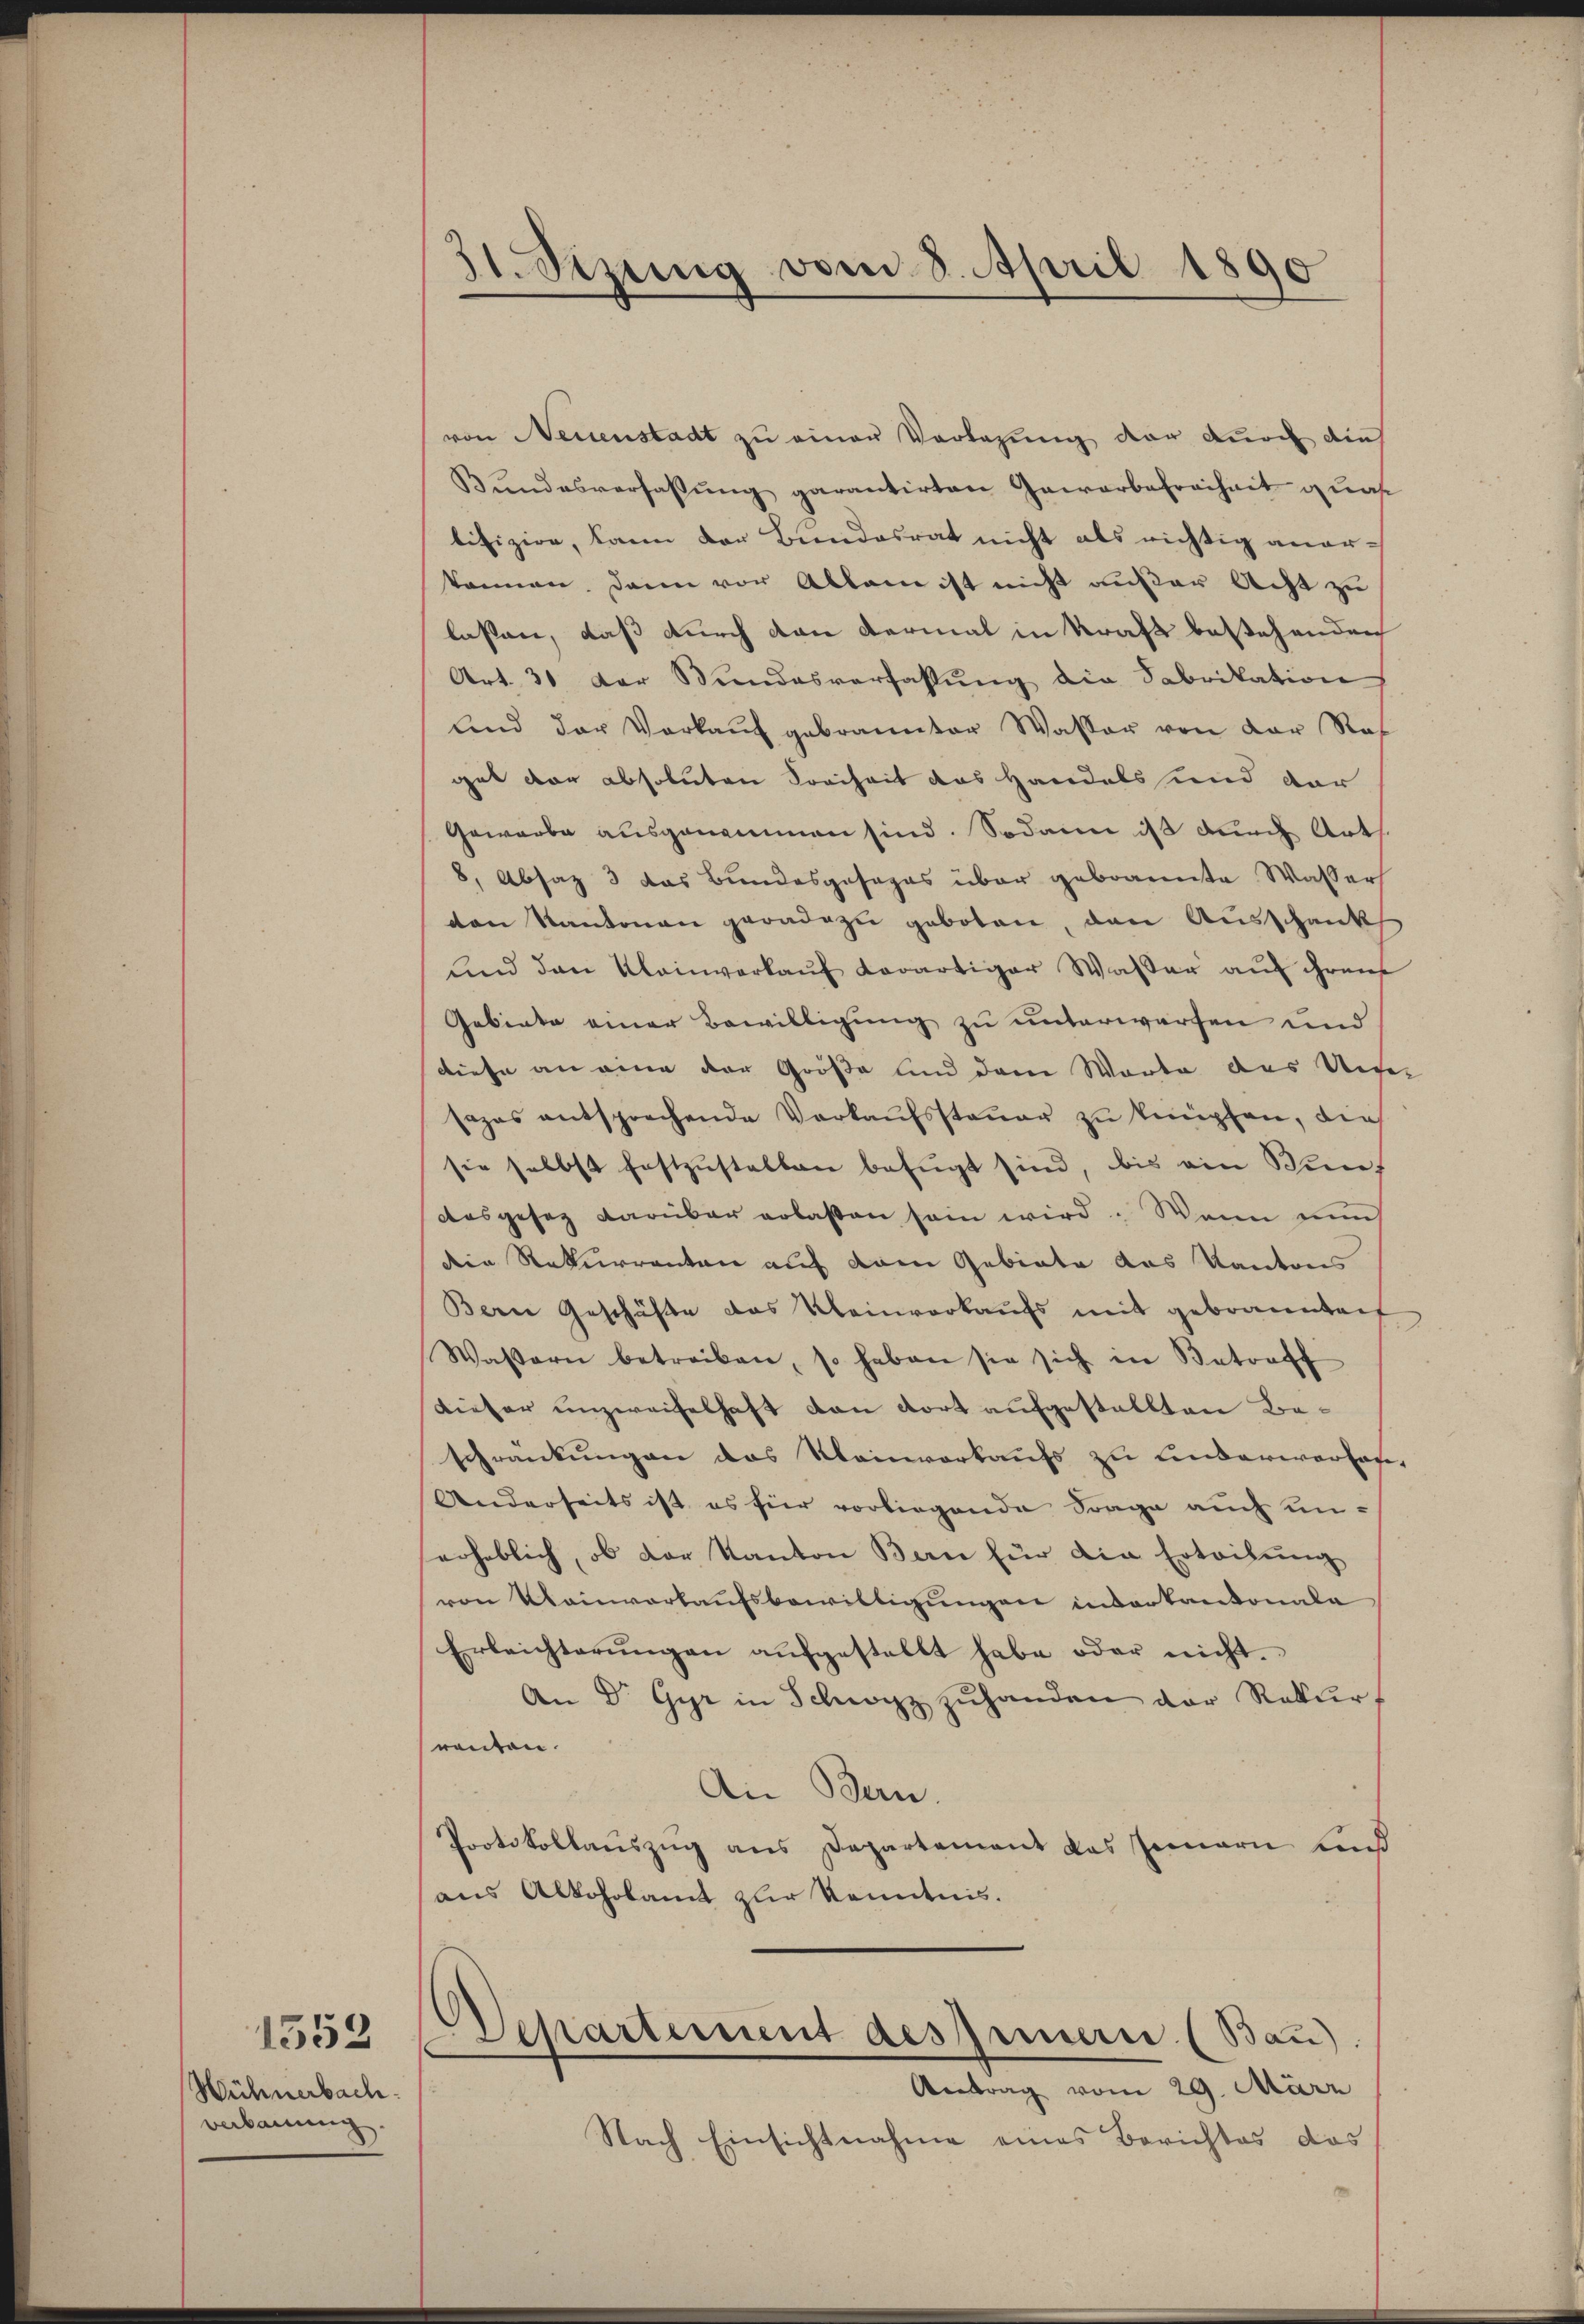
Wühnerbach.
verbauung.

1559

31. Dezung vom 8. April 1890

von Neuenstadt zu einer Vorlegung der durch die
Bŭndesverfassŭng garantirten Gewerbefreiheit uns
tifizire, kann der Bundesrat nicht als richtig anerkönnen, dann vor Allem ist nicht auser Acht zu
lassen, daß durch den dermal in Kraft bestehenden
Art. 31 der Bundesverfassung die Fabrikation
und der Verkaŭf gebrannter Wasser von der Ref
get der absoluten Freiheit das Handels und dar
Gewerbe ausgenommen sind. Sodann ist durch Art
8, Absaz 3 das Bundesgesages über gebrannte Wasser
von Kantonen geradezu geboten, den Ausschank
und den Kleinverkaŭf derartiger Waßer auf Gren
Gebiete einer Bewilligung zu unterworfen und
diese an einen der Größe und dem Worte das Unge
sazas entsprechende Verkaŭfssteŭer zu knüpfen, die
sie selbst festzŭstellen befŭgt sind, bis ein Wint
desgesez darüber erlassen sein wird. Wenn nun
den Rekurrenten auf dem Gebiete das Kantons
Bern Geschäfte das Kleinverkaufs mit gebrannten
Wassern betreiben, so haben sie sich in Betroff
dieser unzweifelhaft dan dort aufgestellten Beschränkungen das Meinverkaufs zu Linderwerfas
Anderseits ist es für vorliegende Frage auch unerheblich, ob der Kanton Bern für die Erteilung
von Mainverkaufsbewilligungen inverkantonale
Erleichterungen aufgestellt habe oder nicht.
An Dr. Gyr in Schwyz zŭhanden der Rekurf
rauten.
An Bern.
Protokollauszug aus Departement das Innern uns
aus Alkoholamt zur Kenntnis.
Departement des Innern (Bau).
e
Antrag vom 29. März
Nach Einsichtnahme eines Berichtes das

2